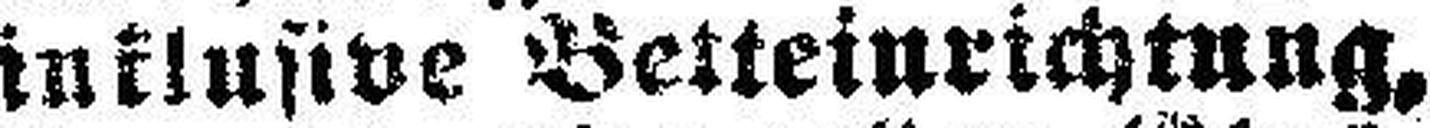
inklusive Betteinrichtung,